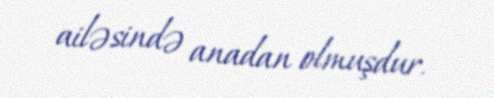
ailəsində anadan olmuşdur.